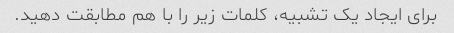
برای ایجاد یک تشبیه، کلمات زیر را با هم مطابقت دهید.